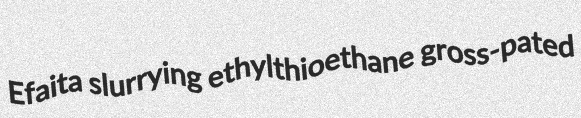
Efaita slurrying ethylthioethane gross-pated